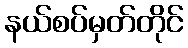
နယ်စပ်မှတ်တိုင်